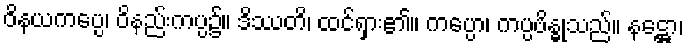
ဝိနယကပ္ပေ၊ ဝိနည်းကပ္ပ၌။ ဒိဿတိ၊ ထင်ရှား၏။ ကပ္ပော၊ ကပ္ပဗိန္ဓုသည်။ နဋ္ဌော၊